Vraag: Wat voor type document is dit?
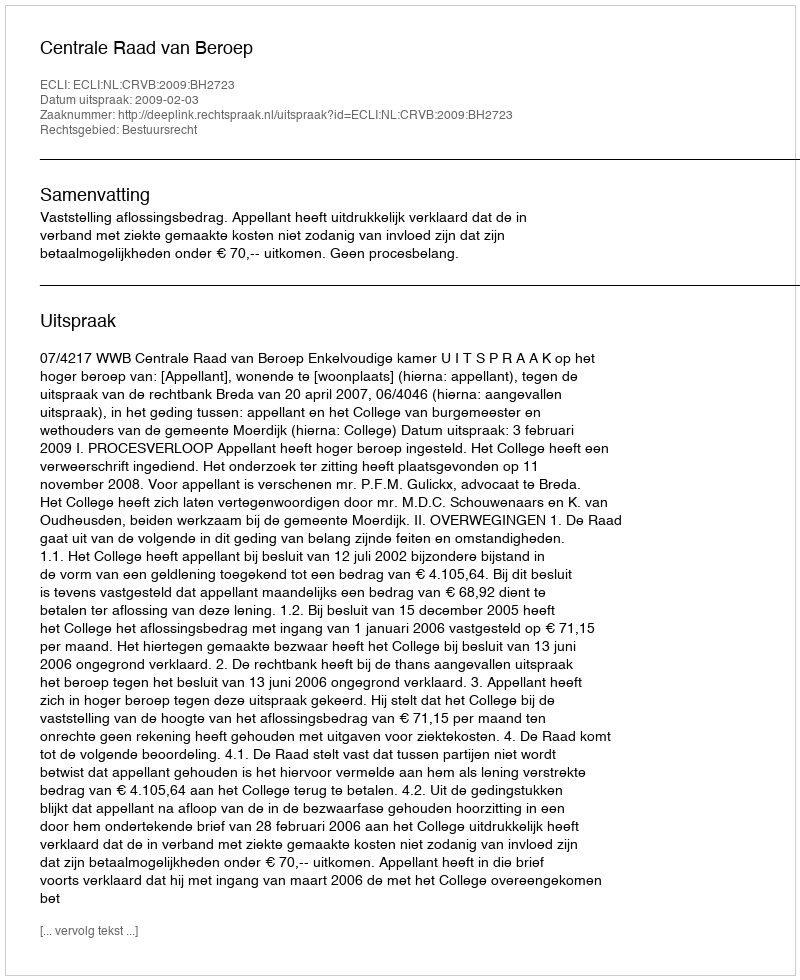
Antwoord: Uitspraak